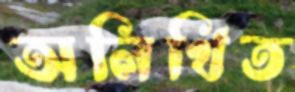
অলিখিত